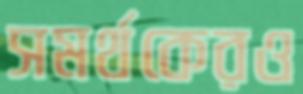
সমর্থকেরও